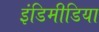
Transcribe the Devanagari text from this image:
इंडिमीडिया